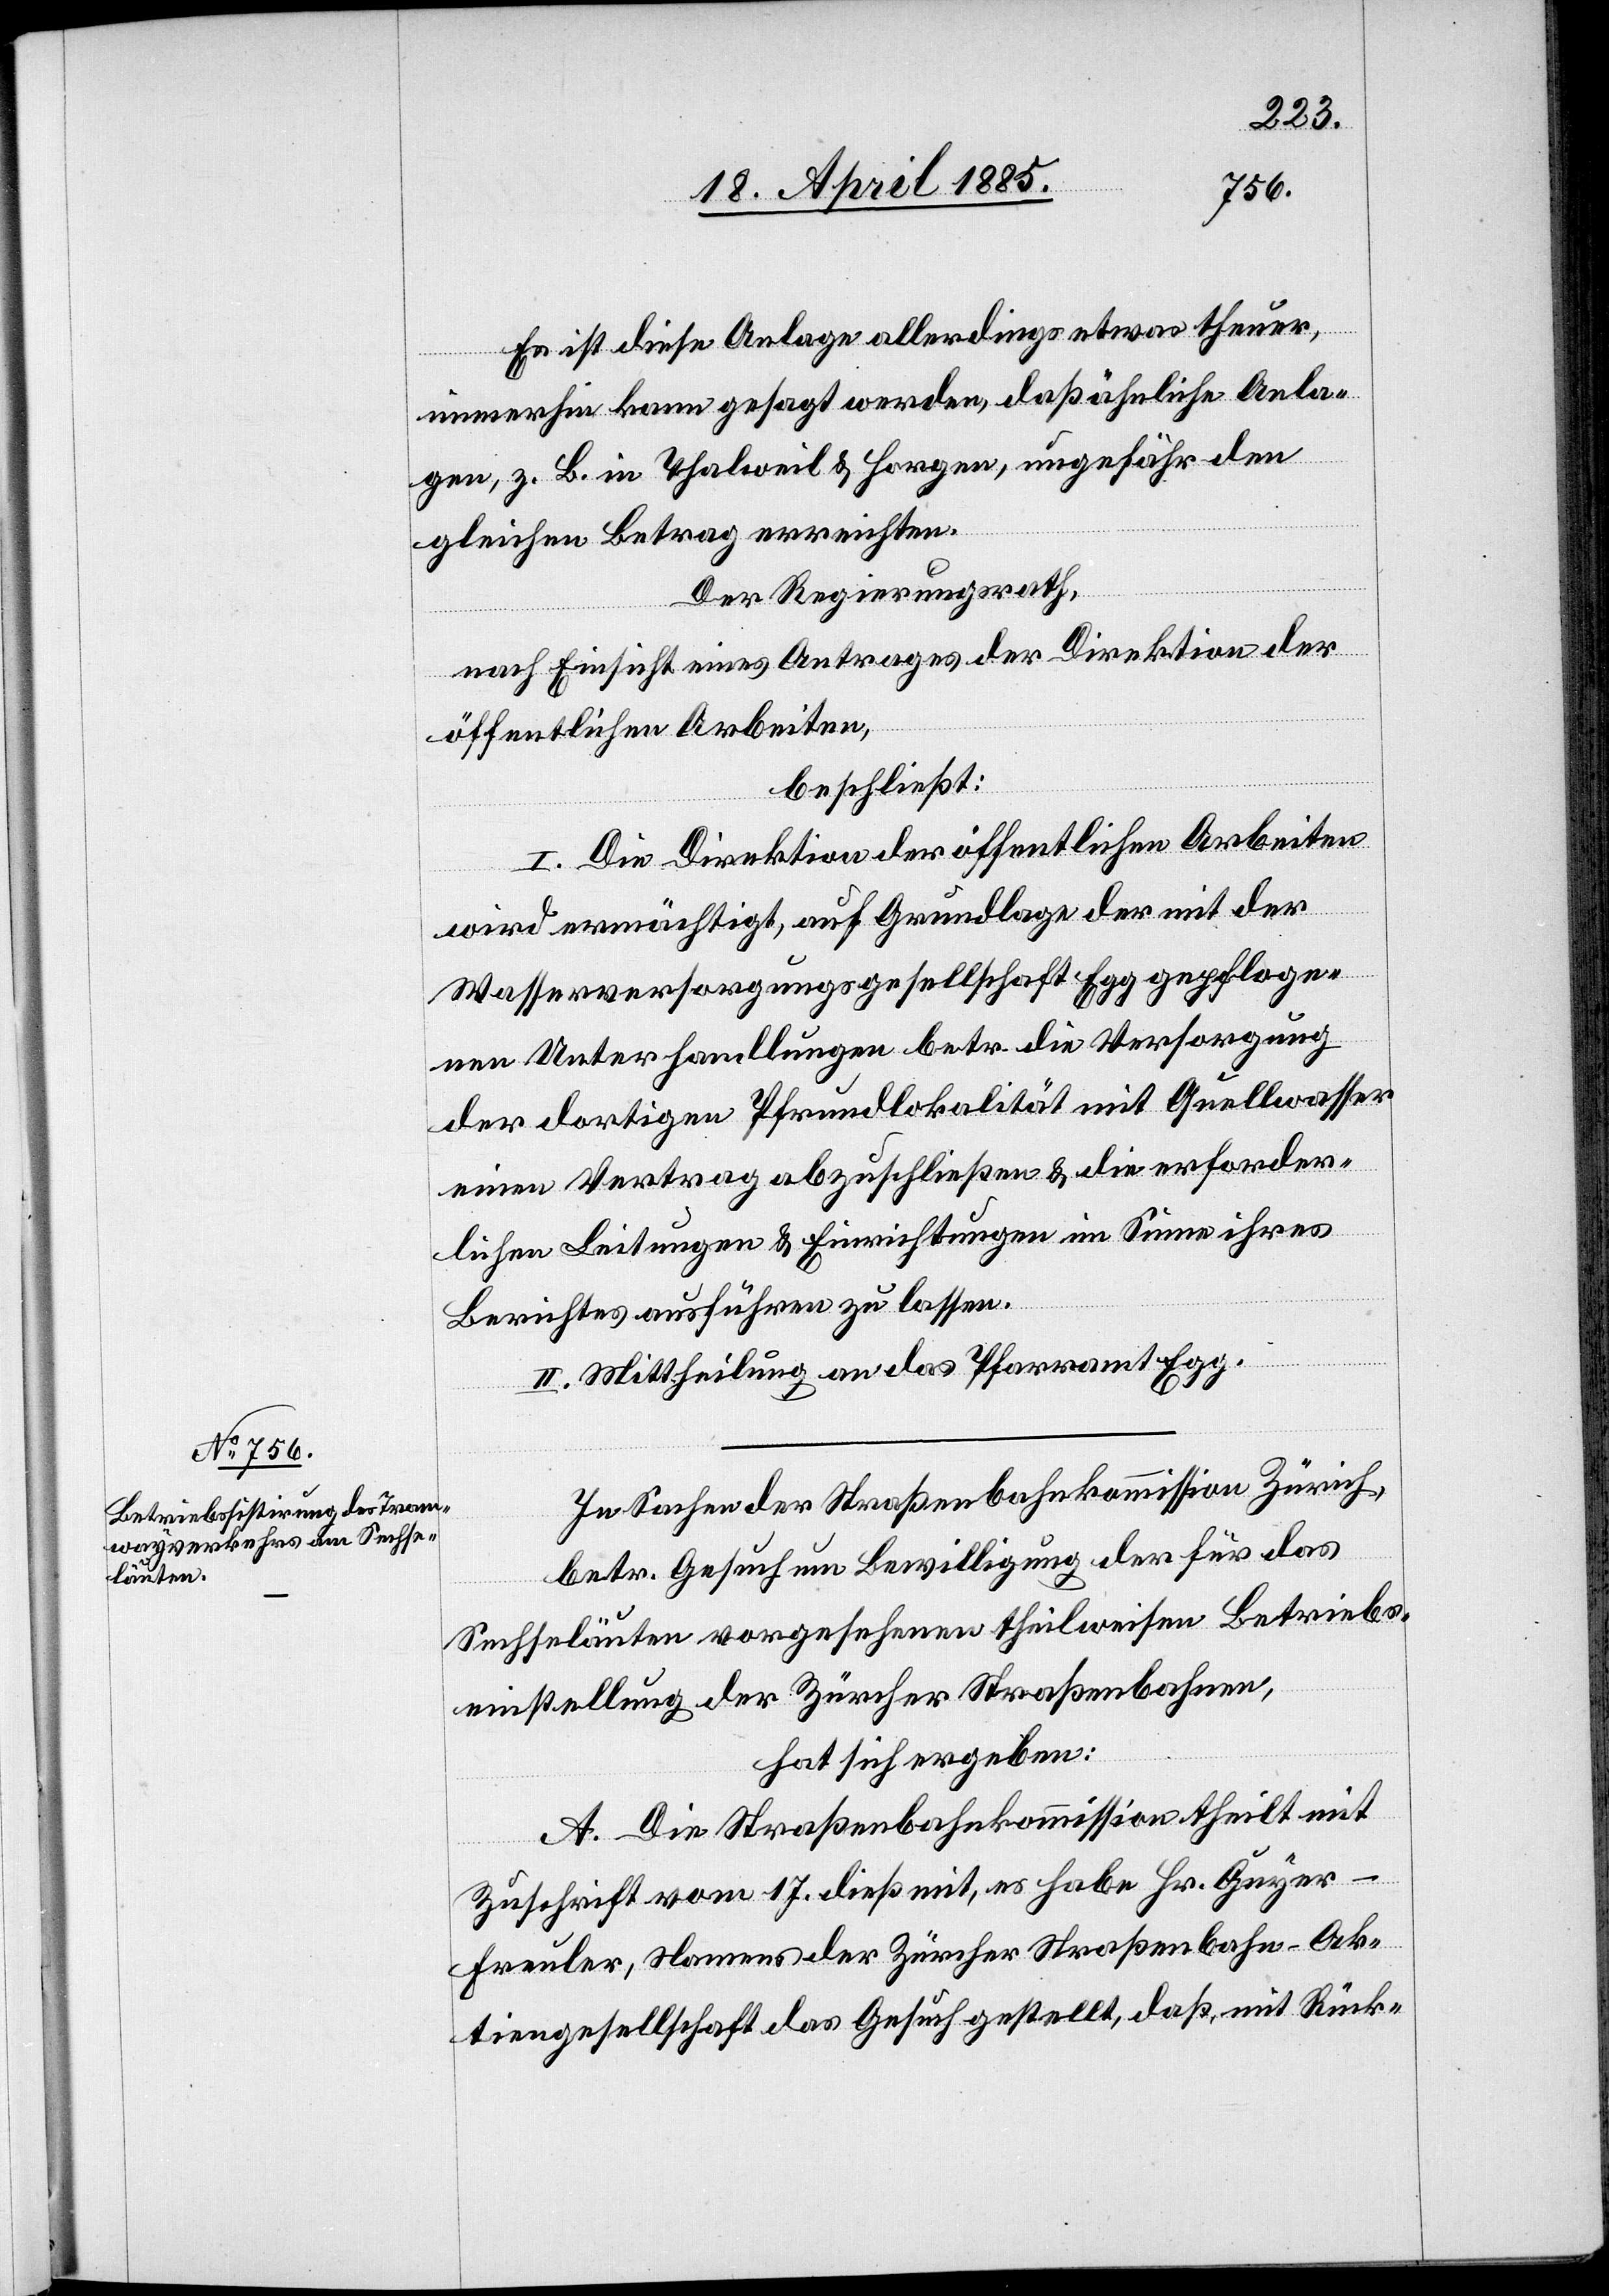
Es ist diese Anlage allerdings etwas theuer,
immerhin kann gesagt werden, daß ähnliche Anla¬
gen, z. b. in Thalweil & Horgen, ungefähr den
gleichen Betrag erreichten.
Der Regierungsrath,
nach Einsicht eines Antrages der Direktion der
öffentlichen Arbeiten,
beschließt:
I. Die Direktion der öffentlichen Arbeiten
wird ermächtigt, auf Grundlage der mit der
Wasserversorgungsgesellschaft Egg gepfloge¬
nen Unterhandlungen betr. die Versorgung
der dortigen Pfrundlokalität mit Quellwasser
einen Vertrag abzuschließen & die erforder¬
lichen Leitungen & Einrichtungen im Sinne ihres
Berichtes ausführen zu lassen.
II. Mittheilung an das Pfarramt Egg.
In Sachen der Straßenbahnkommission Zürich,
betr. Gesuch um Bewilligung der für das
Sechseläuten vorgesehenen theilweisen Betriebs¬
einstellung der Zürcher Straßenbahnen,
hat sich ergeben:
A. Die Straßenbahnkommission theilt mit
Zuschrift vom 17. dieß mit, es habe Hr. Guyer-F¬
reuler, Namens der Zürcher Straßenbahn-Ak¬
tiengesellschaft das Gesuch gestellt, daß, mit Rück-